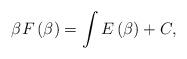
LaTeX: \begin{align*}\beta F\left( \beta \right) =\int E\left( \beta \right) +C,\end{align*}